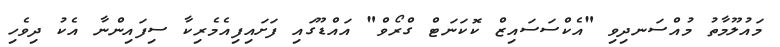
މައުލޫމާތު މުއްސަނދިވި "އެކްސަސައިޒް ކޮކަނަޓް ގްރޯވް" އައްޑޫގައި ފަށައިފިއެމެރިކާ ސިފައިންނާ އެކު ދިވެހި